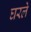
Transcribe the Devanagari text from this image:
घरले